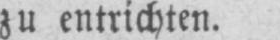
zu entrichten.